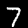
Digit: 7